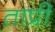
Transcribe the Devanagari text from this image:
ताप्री